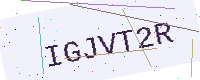
Text: IGJVT2R